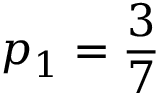
p _ { 1 } = \frac { 3 } { 7 }